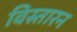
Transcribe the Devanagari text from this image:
विस्तारन